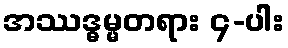
အဿဒ္ဓမ္မတရား ၄-ပါး